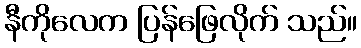
နီကိုလေက ပြန်ဖြေလိုက် သည်။